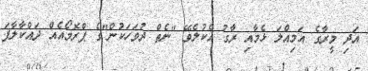
އަދި މީރާގެ އަމިއްލަ ޅެމާއި ރާގު އެކުލެވޭ "ނެތް ދުވަހަކުން"ގެ ޕްރޮމޯއެއް ދައްކާލާފަ